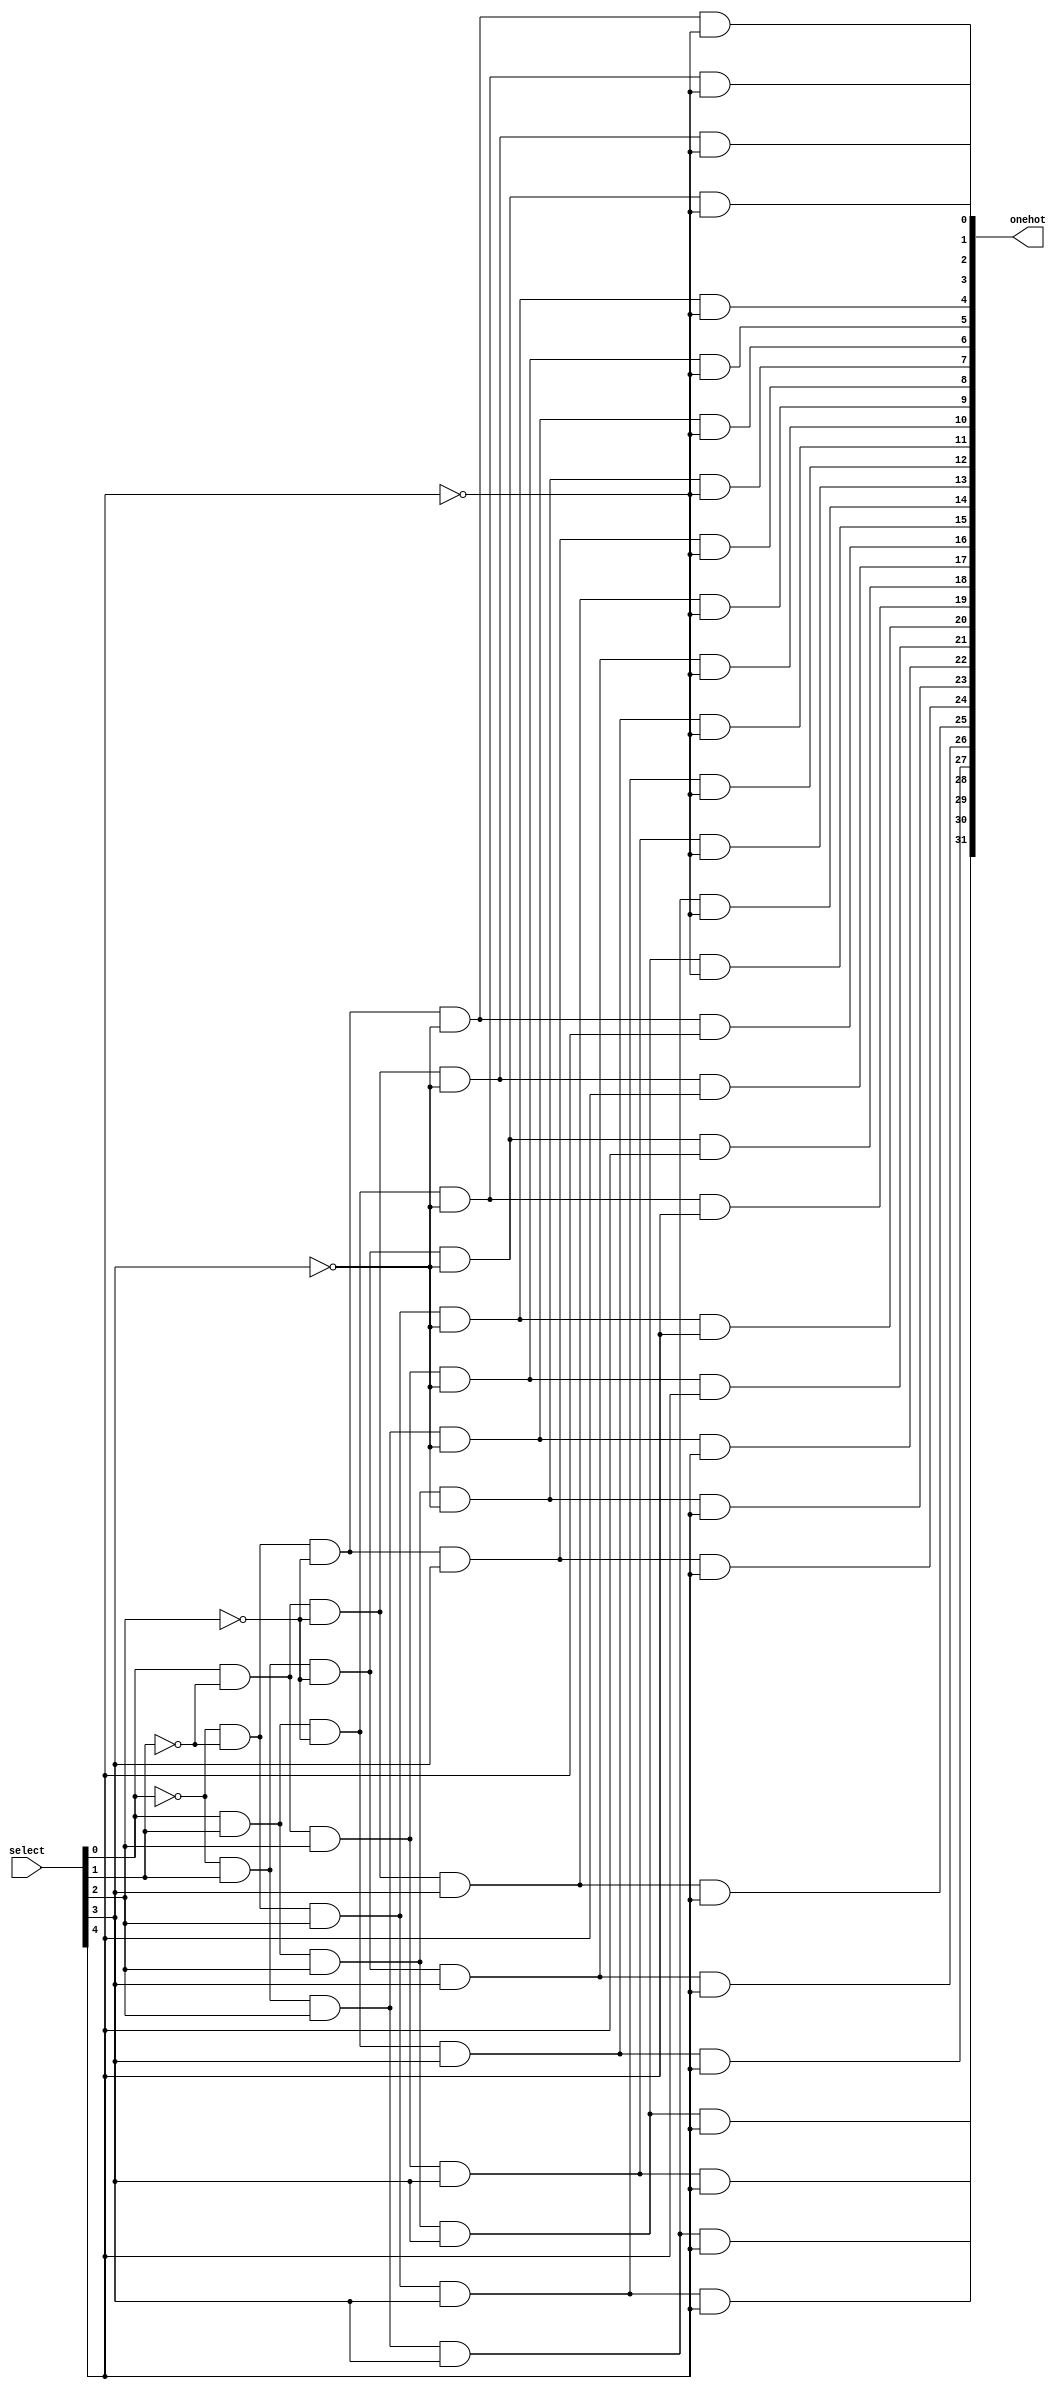
module decoder5_32(select, onehot);

	input[4:0] select;
	output[31:0] onehot;
	
	/* Declare decoders */
	
	wire[4:0] notselect;
	
	not not0(notselect[0], select[0]);
	not not1(notselect[1], select[1]);
	not not2(notselect[2], select[2]);
	not not3(notselect[3], select[3]);
	not not4(notselect[4], select[4]);
	
	and and0(onehot[0], notselect[0], notselect[1], notselect[2], notselect[3], notselect[4]);
	and and1(onehot[1], select[0], notselect[1], notselect[2], notselect[3], notselect[4]);
	and and2(onehot[2], notselect[0], select[1], notselect[2], notselect[3], notselect[4]);
	and and3(onehot[3], select[0], select[1], notselect[2], notselect[3], notselect[4]);
	and and4(onehot[4], notselect[0], notselect[1], select[2], notselect[3], notselect[4]);
	and and5(onehot[5], select[0], notselect[1], select[2], notselect[3], notselect[4]);
	and and6(onehot[6], notselect[0], select[1], select[2], notselect[3], notselect[4]);
	and and7(onehot[7], select[0], select[1], select[2], notselect[3], notselect[4]);
	and and8(onehot[8], notselect[0], notselect[1], notselect[2], select[3], notselect[4]);
	and and9(onehot[9], select[0], notselect[1], notselect[2], select[3], notselect[4]);
	and and10(onehot[10], notselect[0], select[1], notselect[2], select[3], notselect[4]);
	and and11(onehot[11], select[0], select[1], notselect[2], select[3], notselect[4]);
	and and12(onehot[12], notselect[0], notselect[1], select[2], select[3], notselect[4]);
	and and13(onehot[13], select[0], notselect[1], select[2], select[3], notselect[4]);
	and and14(onehot[14], notselect[0], select[1], select[2], select[3], notselect[4]);
	and and15(onehot[15], select[0], select[1], select[2], select[3], notselect[4]);
	and and16(onehot[16], notselect[0], notselect[1], notselect[2], notselect[3], select[4]);
	and and17(onehot[17], select[0], notselect[1], notselect[2], notselect[3], select[4]);
	and and18(onehot[18], notselect[0], select[1], notselect[2], notselect[3], select[4]);
	and and19(onehot[19], select[0], select[1], notselect[2], notselect[3], select[4]);
	and and20(onehot[20], notselect[0], notselect[1], select[2], notselect[3], select[4]);
	and and21(onehot[21], select[0], notselect[1], select[2], notselect[3], select[4]);
	and and22(onehot[22], notselect[0], select[1], select[2], notselect[3], select[4]);
	and and23(onehot[23], select[0], select[1], select[2], notselect[3], select[4]);
	and and24(onehot[24], notselect[0], notselect[1], notselect[2], select[3], select[4]);
	and and25(onehot[25], select[0], notselect[1], notselect[2], select[3], select[4]);
	and and26(onehot[26], notselect[0], select[1], notselect[2], select[3], select[4]);
	and and27(onehot[27], select[0], select[1], notselect[2], select[3], select[4]);
	and and28(onehot[28], notselect[0], notselect[1], select[2], select[3], select[4]);
	and and29(onehot[29], select[0], notselect[1], select[2], select[3], select[4]);
	and and30(onehot[30], notselect[0], select[1], select[2], select[3], select[4]);
	and and31(onehot[31], select[0], select[1], select[2], select[3], select[4]);
	
//	decoder4_16 d0(select[3:0],out0); // 4:16 decoder uses LSBs
//	decoder1_2 d2(select[4],out1); // 1:2 decoder uses MSB
//	
//	/* AND lower decoder outputs to create 5:32 decoder outputs */
//	and and0(onehot[0], out0[0], out1[0]);
//	and and1(onehot[1], out0[1], out1[0]);
//	and and2(onehot[2], out0[2], out1[0]);
//	and and3(onehot[3], out0[3], out1[0]);
//	and and4(onehot[4], out0[4], out1[0]);
//	and and5(onehot[5], out0[5], out1[0]);
//	and and6(onehot[6], out0[6], out1[0]);
//	and and7(onehot[7], out0[7], out1[0]);
//	and and8(onehot[8], out0[8], out1[0]);
//	and and9(onehot[9], out0[9], out1[0]);
//	and and10(onehot[10], out0[10], out1[0]);
//	and and11(onehot[11], out0[11], out1[0]);
//	and and12(onehot[12], out0[12], out1[0]);
//	and and13(onehot[13], out0[13], out1[0]);
//	and and14(onehot[14], out0[14], out1[0]);
//	and and15(onehot[15], out0[15], out1[0]);
//	and and16(onehot[16], out0[0], out1[1]);
//	and and17(onehot[17], out0[1], out1[1]);
//	and and18(onehot[18], out0[2], out1[1]);
//	and and19(onehot[19], out0[3], out1[1]);
//	and and20(onehot[20], out0[4], out1[1]);
//	and and21(onehot[21], out0[5], out1[1]);
//	and and22(onehot[22], out0[6], out1[1]);
//	and and23(onehot[23], out0[7], out1[1]);
//	and and24(onehot[24], out0[8], out1[1]);
//	and and25(onehot[25], out0[9], out1[1]);
//	and and26(onehot[26], out0[10], out1[1]);
//	and and27(onehot[27], out0[11], out1[1]);
//	and and28(onehot[28], out0[12], out1[1]);
//	and and29(onehot[29], out0[13], out1[1]);
//	and and30(onehot[30], out0[14], out1[1]);
//	and and31(onehot[31], out0[15], out1[1]);

endmodule